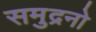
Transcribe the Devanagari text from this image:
समुद्रनो